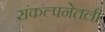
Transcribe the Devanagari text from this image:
संकल्पनेतली